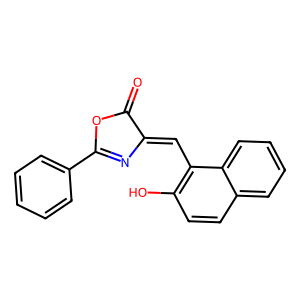
SMILES: O=C1OC(c2ccccc2)=NC1=Cc1c(O)ccc2ccccc12
Inhibits HIV replication: No